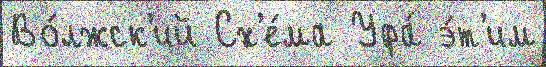
Во́лжск'ий Сх'е́ма Уфа́ э́т'им